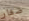
صغار